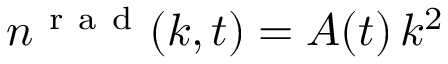
n ^ { \mathrm { ~ r ~ a ~ d ~ } } ( k , t ) = A ( t ) \, k ^ { 2 }